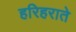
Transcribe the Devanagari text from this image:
हरिहराते